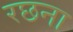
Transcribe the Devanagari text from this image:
रछना